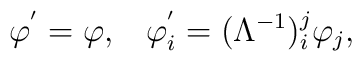
\varphi^{'}=\varphi,\;\;\;\varphi^{'}_i=(\Lambda^{-1})^j_i\varphi_j,